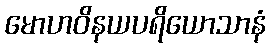
မောဟဝိနယပရိယောသာနံ